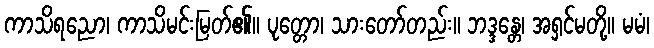
ကာသိရညော၊ ကာသိမင်းမြတ်၏။ ပုတ္တော၊ သားတော်တည်း။ ဘဒ္ဒန္တေ၊ အရှင်မတို့။ မမံ၊